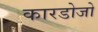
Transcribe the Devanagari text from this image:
कारडोजो